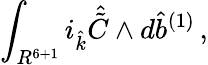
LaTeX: \int_{R^{6+1}}i_{\hat{k}}{\hat{\tilde{C}}}\wedge d{\hat{b}}^{(1)}\, ,